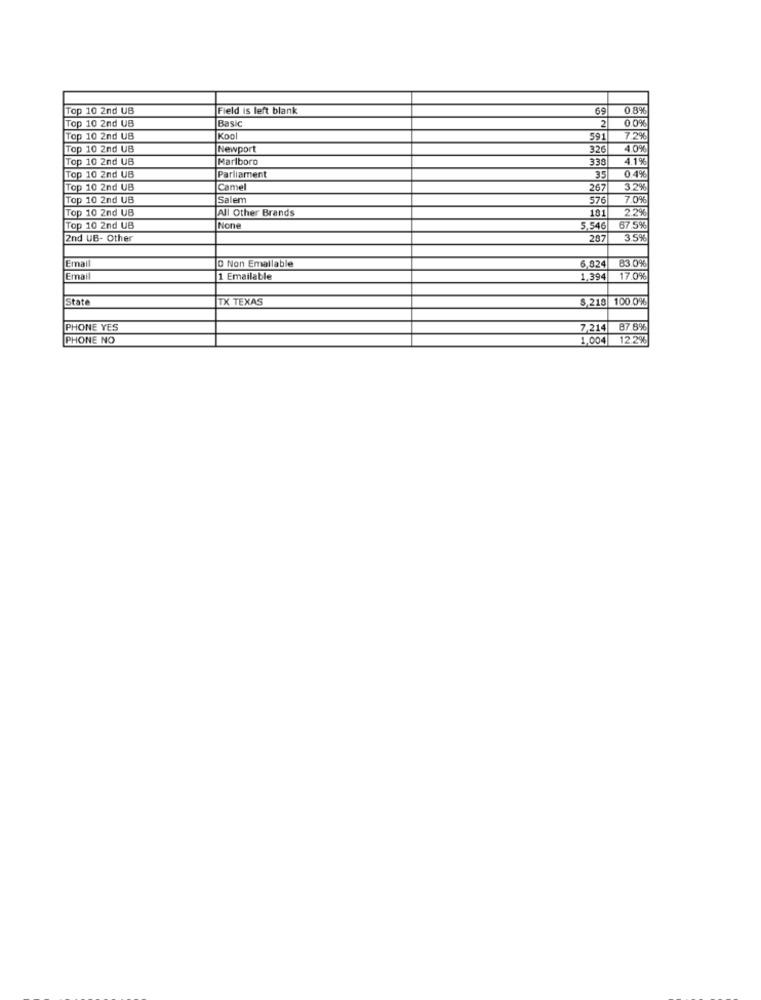
Top 10 2nd UB
Field is left blank
69
0.8%
Basic
0.0%
Top 10 2nd UB
2
Top 10 2nd UB
Kool
591
7.2%
Top 10 2nd UB
Newport
326|
4.0%
Top 10 2nd UB
Marlboro
338
4.1%
Top 10 2nd UB
Parliament
35
0.4%
Top 10 2nd UB
Camel
267
3 2%
Top 10 2nd UB
Salem
576
7.0%
Top 10 2nd UB
All Other Brands
181
2.2%
Top 10 2nd UB
|None
5.546
67.5%
2nd UB- Other
287
3.5%
Email
D Non Emailable
6,824
83.0%
Email
1 Emailable
1,394
17.0%
State
TX TEXAS
$ 218 100.0%
PHONE YES
7,214
87.6%
PHONE NO
1,004
12.2%